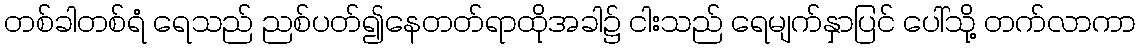
တစ်ခါတစ်ရံ ရေသည် ညစ်ပတ်၍နေတတ်ရာထိုအခါ၌ ငါးသည် ရေမျက်နှာပြင် ပေါ်သို့ တက်လာကာ